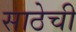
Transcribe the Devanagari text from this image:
साठेची